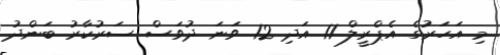
މި އަހަރުގެ އެޕްރީލް 11 އަދި 12 ވަނަ ދުވަސް ސަރުކާރު ބަންދު